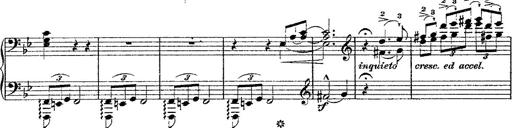
Title: Fantaisie romantique sur deux mÃ©lodies suisses
Composer: Franz Liszt